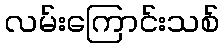
လမ်းကြောင်းသစ်